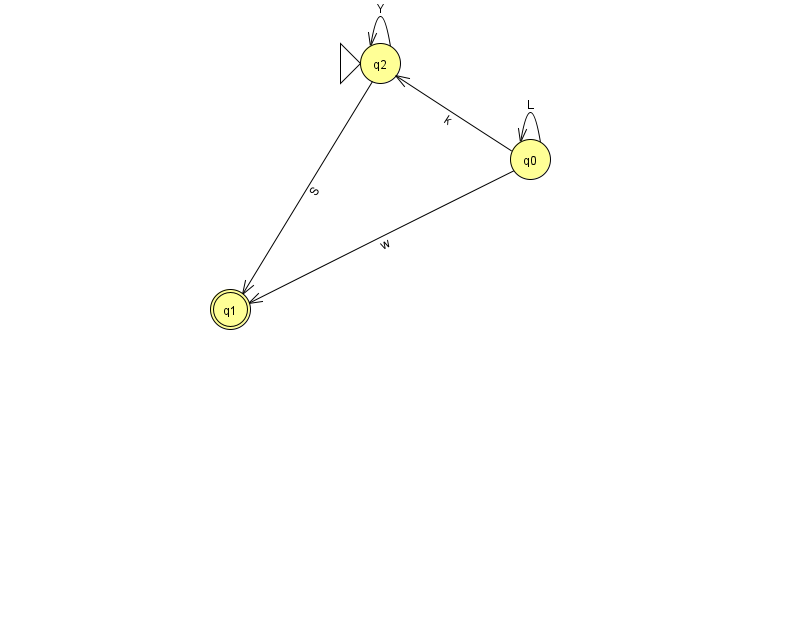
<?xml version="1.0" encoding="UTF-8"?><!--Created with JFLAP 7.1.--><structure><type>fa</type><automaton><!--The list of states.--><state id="0" name="q0"><x>530.0</x><y>146.0</y></state><state id="1" name="q1"><x>230.0</x><y>296.0</y><final/></state><state id="2" name="q2"><x>380.0</x><y>50.0</y><initial/></state><!--The list of transitions.--><transition><from>2</from><to>1</to><read>S</read></transition><transition><from>0</from><to>2</to><read>k</read></transition><transition><from>2</from><to>2</to><read>Y</read></transition><transition><from>0</from><to>0</to><read>L</read></transition><transition><from>0</from><to>1</to><read>w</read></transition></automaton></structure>